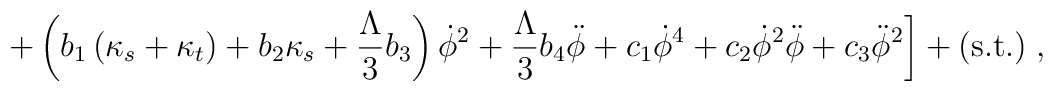
\left.  + \left(b_1 \left(\kappa_s + \kappa_t \right) +b_2\kappa_s + \frac{\Lambda}{3}b_3\right)\dot{\phi}^2+\frac{\Lambda}{3}b_4 \ddot{\phi}+ c_1 \dot{\phi}^4 +c_2 \dot{\phi}^2\ddot{\phi} +c_3 \ddot{\phi}^2 \right] +(\mbox{s.t.})\;,